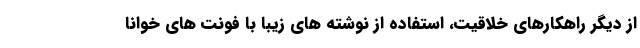
از دیگر راهکارهای خلاقیت، استفاده از نوشته های زیبا با فونت های خوانا